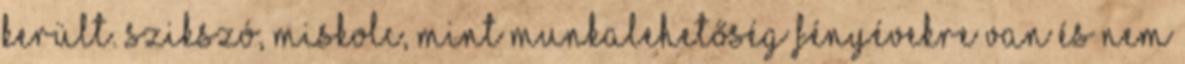
került. Szikszó, Miskolc, mint munkalehetőség fényévekre van és nem